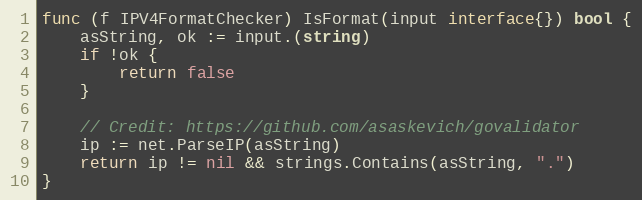
Language: Go
func (f IPV4FormatChecker) IsFormat(input interface{}) bool {
	asString, ok := input.(string)
	if !ok {
		return false
	}

	// Credit: https://github.com/asaskevich/govalidator
	ip := net.ParseIP(asString)
	return ip != nil && strings.Contains(asString, ".")
}